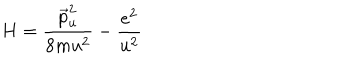
LaTeX: H = \frac { \vec { p } _ { u } ^ { 2 } } { 8 m u ^ { 2 } } - \frac { e ^ { 2 } } { u ^ { 2 } }